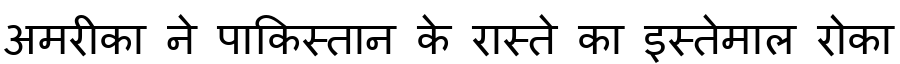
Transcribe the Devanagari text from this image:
अमरीका ने पाकिस्तान के रास्ते का इस्तेमाल रोका